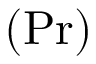
( \mathrm { P r } )